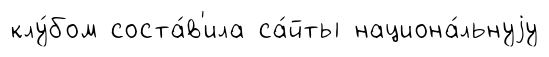
клу́бом соста́в'ила са́йты национа́льнуjу